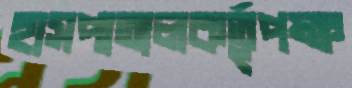
হাসপাতালকর্তৃপক্ষ